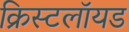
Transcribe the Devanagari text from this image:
क्रिस्टलॉयड